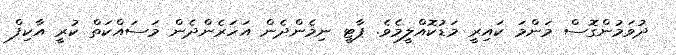
ދުވަމުންގޮސް މަންމަ ކައިރީ މަޑުކޮއްލީމެވެ. ޕާޓީ ނިމެންދެން އަހަރެންދެން މަސައްކަތް ކުރީ އާކިފް